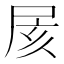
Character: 𡱍